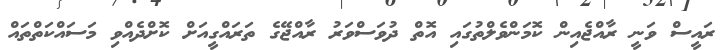
ރައީސް ވަނީ ރާއްޖެއިން ކޮމަންވެލްތުގައި އޮތް ދުވަސްވަރު ރާއްޖޭގެ ތަރައްގީއަށް ކޮށްދެއްވި މަސައްކަތްތައް